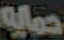
حمايه